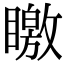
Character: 䁶